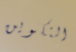
التكوين